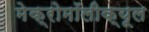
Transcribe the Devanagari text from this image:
मेक्रोमॉलीक्यूल